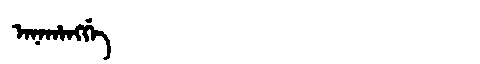
Manchu: ᠠᠨᠠᡥᠠᠩᡤᡝ
Romanization: ANAHANGGE